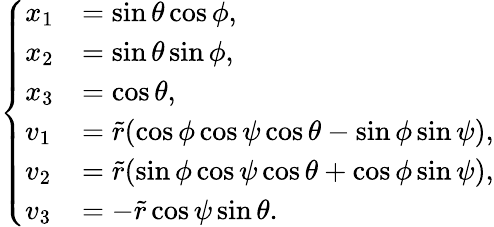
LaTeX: \left\{ \begin{array}{ll}{x_{1}}&{=\sin\theta\cos\phi,}\\ {x_{2}}&{=\sin\theta\sin\phi,}\\ {x_{3}}&{=\cos\theta,}\\ {v_{1}}&{=\widetilde{r}(\cos\phi\cos\psi\cos\theta-\sin\phi\sin\psi),}\\ {v_{2}}&{=\widetilde{r}(\sin\phi\cos\psi\cos\theta+\cos\phi\sin\psi),}\\ {v_{3}}&{=-\widetilde{r}\cos\psi\sin\theta.}\end{array}\right.